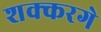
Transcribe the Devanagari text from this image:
शक्करगे